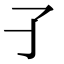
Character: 𡤼